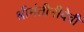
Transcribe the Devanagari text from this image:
श्रीमंतीनीदेवी